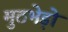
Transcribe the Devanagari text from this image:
मुठभेड़ो